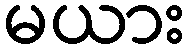
မယား